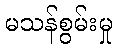
မသန်စွမ်းမှု